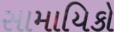
સામાયિકો